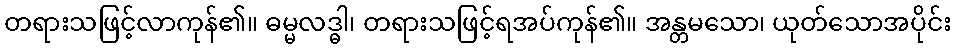
တရားသဖြင့်လာကုန်၏။ ဓမ္မလဒ္ဓါ၊ တရားသဖြင့်ရအပ်ကုန်၏။ အန္တမသော၊ ယုတ်သောအပိုင်း